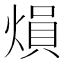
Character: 熉